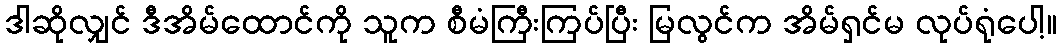
ဒါဆိုလျှင် ဒီအိမ်ထောင်ကို သူက စီမံကြီးကြပ်ပြီး မြလွင်က အိမ်ရှင်မ လုပ်ရုံပေါ့။